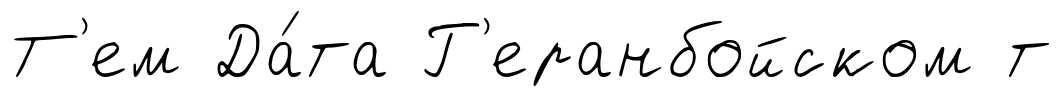
Т'ем Да́та Г'еранбойском т